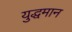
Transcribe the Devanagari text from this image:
युद्धमान